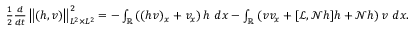
\begin{array} { r } { \frac { 1 } { 2 } \frac { d } { d t } \left\| ( h , v ) \right\| _ { L ^ { 2 } \times L ^ { 2 } } ^ { 2 } = - \int _ { \mathbb R } \left( ( h v ) _ { x } + v _ { x } \right) h \ d x - \int _ { \mathbb R } \left( v v _ { x } + [ \mathscr { L } , \mathscr { N } h ] h + \mathscr { N } h \right) v \ d x . } \end{array}